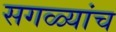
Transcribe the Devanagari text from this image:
सगळ्यांच